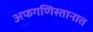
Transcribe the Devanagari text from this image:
अफगणिस्तानात